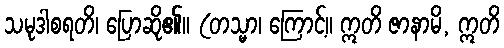
သမုဒါစရတိ၊ ပြောဆို၏။ (တသ္မာ၊ ကြောင့်။ ဣတိ ဇာနာမိ, ဣတိ